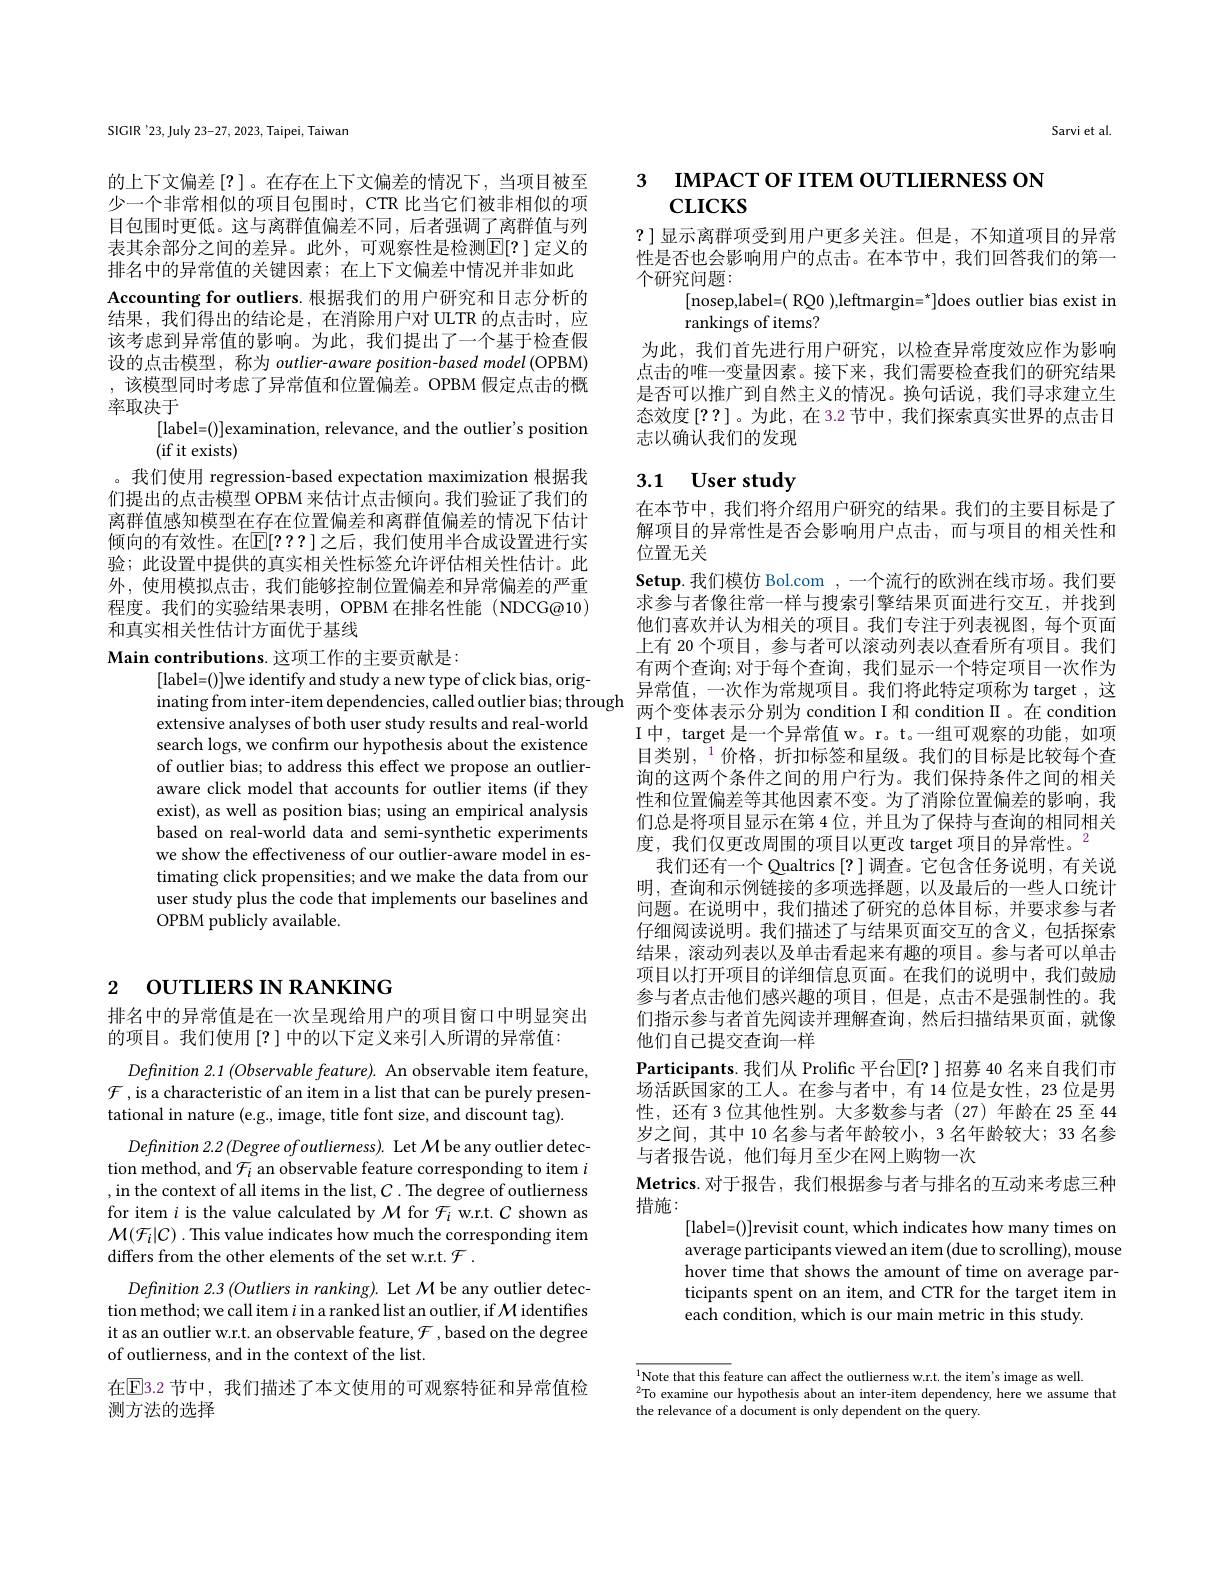
# 2 OUTLIERS IN RANKING

排名中的异常值是在一次呈现给用户的项目窗口中明显突出
的项目。我们使用[?] 中的以下定义来引入所谓的异常值：

$Definition~2.1~(Observable~feature).~An~observable~item~feature$, $\mathcal{F}$ ,is a characteristic of an item in a list that can be purely presentational in nature (e.g., image, title font size, and discount tag).
$Definition2.2\left(Degree\:ofoutlierness\right).$ Let $\mathcal{M}$be any outlier detection method, and $\mathcal{F}_i$ an observable feature corresponding to item $i$ ,in the context of all items in the list, $C.$ The degree of outlierness for item $i$ is the value calculated by $\mathcal M$ for $\mathcal{F}_i$ w.r.t. $C$ shown as $\mathcal{M}(\mathcal{F}_i|\mathcal{C})$ . This value indicates how much the corresponding item differs from the other elements of the set w.r.t. $\mathcal{F}.$
Definition 2.3 (Outliers in ranking). Let M be any outlier detection method; we call item $i$ in a ranked list an outlier, if M identifies it as an outlier w.r.t. an observable feature, $\mathcal{F}$,based on the degree of outlierness, and in the context of the list.

在$\overline{\mathrm{E}}$3.2 节中，我们描述了本文使用的可观察特征和异常值检
测方法的选择

SIGIR'23, July 23-27, 2023, Taipei, Taiwan

的上下文偏差[?]。在存在上下文偏差的情况下，当项目被至少一个非常相似的项目包围时，CTR 比当它们被非相似的项目包围时更低。这与离群值偏差不同，后者强调了离群值与列表其余部分之间的差异。此外，可观察性是检测$\mathbb{E}[?]$ 定义的排名中的异常值的关键因素；在上下文偏差中情况并非如此Accounting for outliers. 根据我们的用户研究和日志分析的结果，我们得出的结论是，在消除用户对 ULTR 的点击时，应该考虑到异常值的影响。为此，我们提出了一个基于检查假设的点击模型，称为 outlier-aware position-based model (OPBM) ,该模型同时考虑了异常值和位置偏差。OPBM 假定点击的概率取决于
[label=()]examination, relevance, and the outlier's position
(if it exists)
。我们使用 regression-based expectation maximization 根据我们提出的点击模型 OPBM 来估计点击倾向。我们验证了我们的离群值感知模型在存在位置偏差和离群值偏差的情况下估计倾向的有效性。在$\mathbb{E}[???]$之后，我们使用半合成设置进行实验；此设置中提供的真实相关性标签允许评估相关性估计。此外，使用模拟点击，我们能够控制位置偏差和异常偏差的严重程度。我们的实验结果表明，OPBM 在排名性能 (NDCG@10) 和真实相关性估计方面优于基线
Main contributions. 这项工作的主要贡献是：

[label=()]we identify and study a new type of click bias, orig-
[abbel]=(we dentriy ana study a new type of chck bas, orlg- ,异 常 值 , 一 次 作 为 常 规 项 目 。我 们 将 此 特 定 项 称 为 target , 这 ,inating from inter- item dependencies, called outlier bias; through 异 常 值 , 一 次 作 为 常 规 项 目 。我 们 将 此 特 定 项 称 为 target , 这 inating from inter- item dependencies, called outl
extensive analyses of both user study results and real-world search logs, we confirm our hypothesis about the existence of outlier bias; to address this effect we propose an outlieraware click model that accounts for outlier items (if they exist), as well as position bias; using an empirical analysis based on real-world data and semi-synthetic experiments we show the effectiveness of our outlier-aware model in estimating click propensities; and we make the data from our user study plus the code that implements our baselines and OPBM publicly available.

Sarvi et al.

3 IMPACT OF ITEM OUTLIERNESS ON
# $\mathbf{CLICKS}$

?]显示离群项受到用户更多关注。但是，不知道项目的异常性是否也会影响用户的点击。在本节中，我们回答我们的第一个研究问题：
[nosep,label=( RQ0 ),leftmargin=*]does outlier bias exist in
rankings of items?

为此，我们首先进行用户研究，以检查异常度效应作为影响点击的唯一变量因素。接下来，我们需要检查我们的研究结果是否可以推广到自然主义的情况。换句话说，我们寻求建立生态效度[??]。为此，在3.2节中，我们探索真实世界的点击日志以确认我们的发现

## 3.1 User study

在本节中，我们将介绍用户研究的结果。我们的主要目标是了解项目的异常性是否会影响用户点击，而与项目的相关性和位置无关
Setup.我们模仿 Bol.com ,一个流行的欧洲在线市场。我们要求参与者像往常一样与搜索引擎结果页面进行交互，并找到他们喜欢并认为相关的项目。我们专注于列表视图，每个页面上有 20 个项目，参与者可以滚动列表以查看所有项目。我们有两个查询；对于每个查询，我们显示一个特定项目一次作为I中，target 是一个异常值 w。r。t。一组可观察的功能，如项目类别，$^{1}$价格，折扣标签和星级。我们的目标是比较每个查询的这两个条件之间的用户行为。我们保持条件之间的相关性和位置偏差等其他因素不变。为了消除位置偏差的影响，我们总是将项目显示在第 4 位，并且为了保持与查询的相同相关度，我们仅更改周围的项目以更改 target 项目的异常性。$^{2}$
我们还有一个 Qualtrics [?]调查。它包含任务说明，有关说明，查询和示例链接的多项选择题，以及最后的一些人口统计问题。在说明中，我们描述了研究的总体目标，并要求参与者仔细阅读说明。我们描述了与结果页面交互的含义，包括探索结果，滚动列表以及单击看起来有趣的项目。参与者可以单击项目以打开项目的详细信息页面。在我们的说明中，我们鼓励参与者点击他们感兴趣的项目，但是，点击不是强制性的。我们指示参与者首先阅读并理解查询，然后扫描结果页面，就像他们自己提交查询一样
$\textbf{Participants. 我 们 从 Prolific 平 台 }\mathbb{E} [ ? ]$招募 40 名来自我们市$\dot{\text{场活跃国家的工人。在参与者中，有 14 位是女性，23 位是男}}$ 性，还有 3 位其他性别。大多数参与者(27)年龄在 25 至 44岁之间，其中 10 名参与者年龄较小，3 名年龄较大；33 名参与者报告说，他们每月至少在网上购物一次
Metrics.对于报告，我们根据参与者与排名的互动来考虑三种
措施：
[label=()]revisit count, which indicates how many times on average participants viewed an item (due to scrolling), mouse hover time that shows the amount of time on average participants spent on an item, and CTR for the target item in each condition, which is our main metric in this study.

$\overline{^{1}\text{Note that this feature can affect the outlierness w.r.t. the item's image as well.}}$
$^{2}$To examine our hypothesis about an inter-item dependency, here we assume that
the relevance of a document is only dependent on the query.